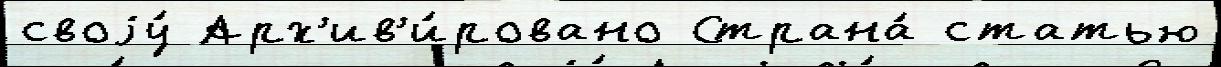
своjу́ Арх'ив'и́ровано Страна́ статью